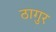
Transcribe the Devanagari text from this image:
ठागुर